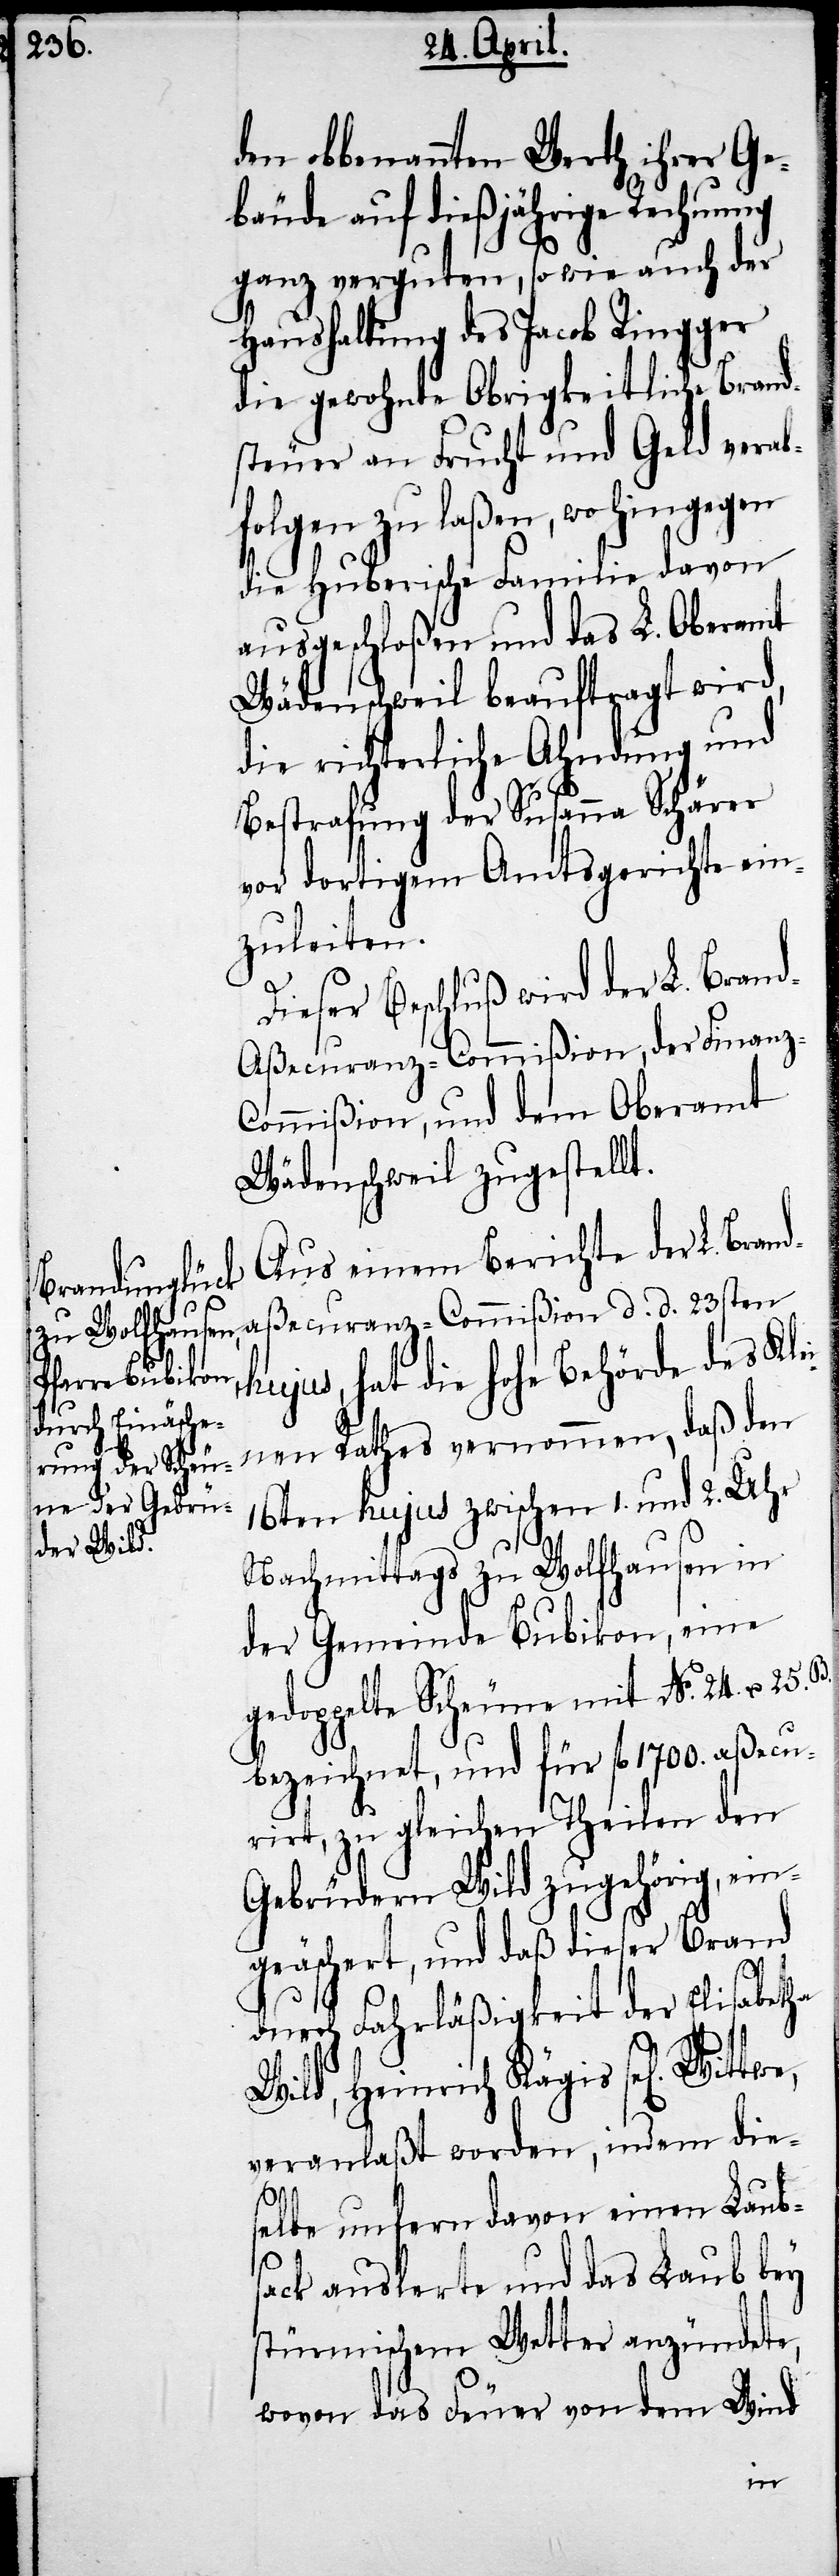
den obbenannten Werth ihrer Ge¬
bäude auf dießjährige Rechnung
ganz verguten, so wie auch der
Haushaltung des Jacob Ringger
die gewohnte Obrigkeitliche Brand¬
steuer an Frucht und Geld verab¬
folgen zu laßen, wohingegen
die Huberische Familie davon
ausgeschloßen und das L. Oberamt
Wädenschweil beauftragt wird,
die richterliche Ahndung und
Bestrafung der Susanna Schärer
vor dortigem Amtsgerichte ein¬
zuleiten.
Dieser Beschluß wird der L. Bran¬
daßecuranz-Commißion d. d.
ommißion, und dem Oberamt
Wädenschweil zugestellt.
Aus einem Berichte der L. Bran¬
hujus, hat die hohe Behörde des Kle¬
inen Rathes vernommen, daß den
16ten hujus zwischen 1. und 2. Uhr
Nachmittags zu Wolfhausen in
der Gemeinde Bubikon, eine
gedoppelte Scheune mit No. 24. u. 25.
bezeichnet, und für fl. 1700. aßecu¬
rirt, zu gleichen Theilen den
Gebrüdern Wild zugehörig, ein¬
geäschert, und daß dieser Brand
durch Fahrläßigkeit der Elisabetha
Wild, Heinrich Kägis se[ligen]
veranlaßt worden, indem die¬
selbe unfern davon einen Laub¬
sack auslerte und das Laub bey
stürmischem Wetter anzündete,
wovon das Feuer von dem Wind